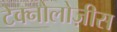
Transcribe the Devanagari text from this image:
टेक्नोलोज़ीस